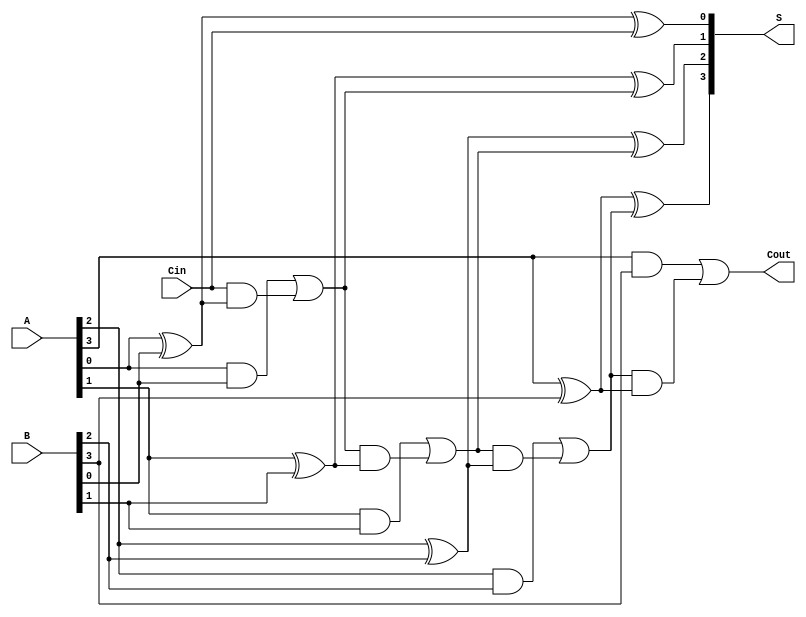
module han_carlson_adder #(parameter N = 4) (
    input wire [N-1:0] A,     // First n-bit input
    input wire [N-1:0] B,     // Second n-bit input
    input wire Cin,           // Carry input
    output wire [N-1:0] S,    // n-bit sum output
    output wire Cout          // Carry output
);

    wire [N:0] C;            // Carry outputs
    assign C[0] = Cin;       // Initial carry input

    genvar i;
    generate
        for (i = 0; i < N; i = i + 1) begin : full_adder
            wire Ai = A[i];
            wire Bi = B[i];

            // Sum output for the i-th bit
            assign S[i] = Ai ^ Bi ^ C[i];

            // Carry output for the next stage
            assign C[i + 1] = (Ai & Bi) | (C[i] & (Ai ^ Bi));
        end
    endgenerate
    
    assign Cout = C[N];      // Final carry output

endmodule